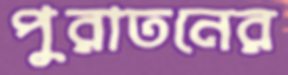
পুরাতনের